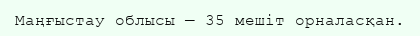
Маңғыстау облысы — 35 мешіт орналасқан.